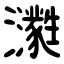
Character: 㶙